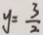
y = \frac { 3 } { 2 }